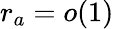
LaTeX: r_{a}=o(1)